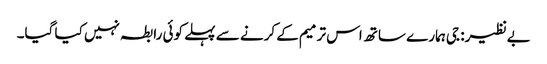
بےنظیر: جی ہمارے ساتھ اس ترمیم کے کرنے سے پہلے کوئی رابطہ نہیں کیا گیا۔